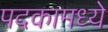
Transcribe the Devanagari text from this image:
पदकामध्ये